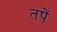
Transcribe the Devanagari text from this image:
तपें